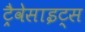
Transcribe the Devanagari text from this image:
ट्रैवेसाइट्स